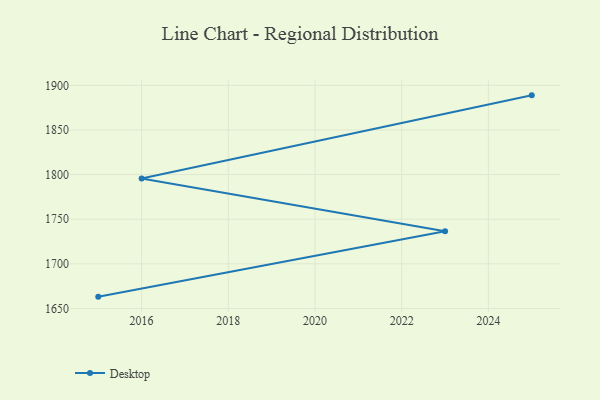
{"axis": {"x": "Year", "y": "Customer Acquisition Cost (USD)"}, "legend": ["Desktop"], "data": [{"x": "2015", "y": 1663.2, "type": "Desktop"}, {"x": "2023", "y": 1736.5, "type": "Desktop"}, {"x": "2016", "y": 1795.6, "type": "Desktop"}, {"x": "2025", "y": 1888.8, "type": "Desktop"}]}